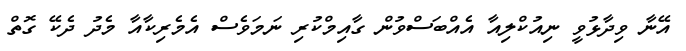
އޭނާ ވިދާޅުވީ ނިއުކްލިއާ އެއްބަސްވުން ގާއިމްކުރި ނަމަވެސް އެމެެެރިކާއާ މެދު ދެކޭ ގޮތް